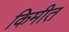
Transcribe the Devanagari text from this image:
किमीत